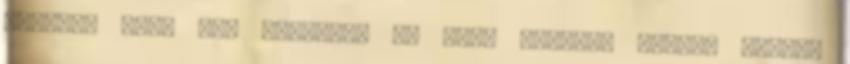
keresek Nem, már találtam Az első levelet holnap reggel